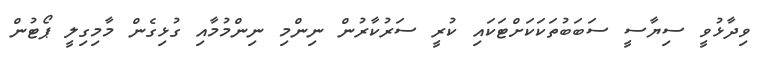
ވިދާޅުވީ ސިޔާސީ ސަބަބުތަކަކަށްޓަކައި ކުރީ ސަރުކާރުން ނިންމި ނިންމުމާއި ގުޅިގެން މާމިގިލީ ޕޯޓުން